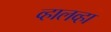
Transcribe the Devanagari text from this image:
व्हालव्हा